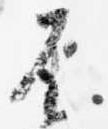
不